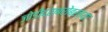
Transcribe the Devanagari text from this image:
जोडीदराबरोबरच्या